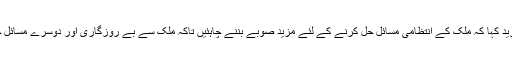
انہوں نے مزید کہا کہ ملک کے انتظامی مسائل حل کرنے کے لئے مزید صوبے بننے چاہئیں تاکہ ملک سے بے روزگاری اور دوسرے مسائل حل ہو سکیں۔